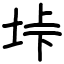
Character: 垰